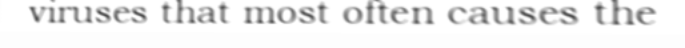
viruses that most often causes the